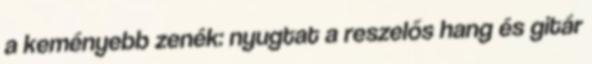
a keményebb zenék: nyugtat a reszelős hang és gitár